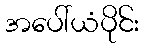
အပေါ်ယံပိုင်း